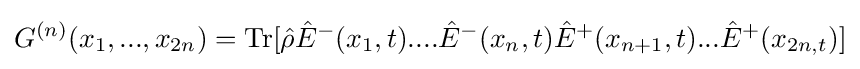
G^{(n)}(x_{1},...,x_{2n})=\mathrm {Tr} [{\hat {\rho }}{\hat {E}}^{-}(x_{1},t)....{\hat {E}}^{-}(x_{n},t){\hat {E}}^{+}(x_{n+1},t)...{\hat {E}}^{+}(x_{2n,t})]